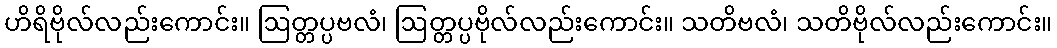
ဟိရိဗိုလ်လည်းကောင်း။ ဩတ္တပ္ပဗလံ၊ ဩတ္တပ္ပဗိုလ်လည်းကောင်း။ သတိဗလံ၊ သတိဗိုလ်လည်းကောင်း။